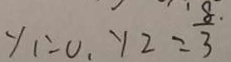
y _ { 1 } = 0 , y _ { 2 } = \frac { 8 } { 3 } \cdot